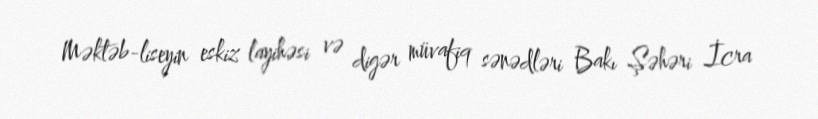
Məktəb-liseyin eskiz layihəsi və digər müvafiq sənədləri Bakı Şəhəri İcra